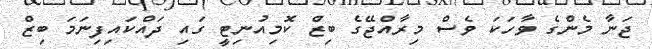
ޖަނާ މެންގެ ވާހަކަ ވެސް މިރާއްޖޭގެ ބިޒް ކޮމިއުނިޓީ ގައި ދައްކައިފިނަމަ ބިޒް